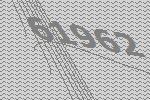
61962